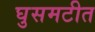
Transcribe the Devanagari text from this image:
घुसमटीत